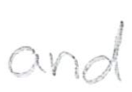
Text: and
Cross-out: clean
Writing tool: pencil